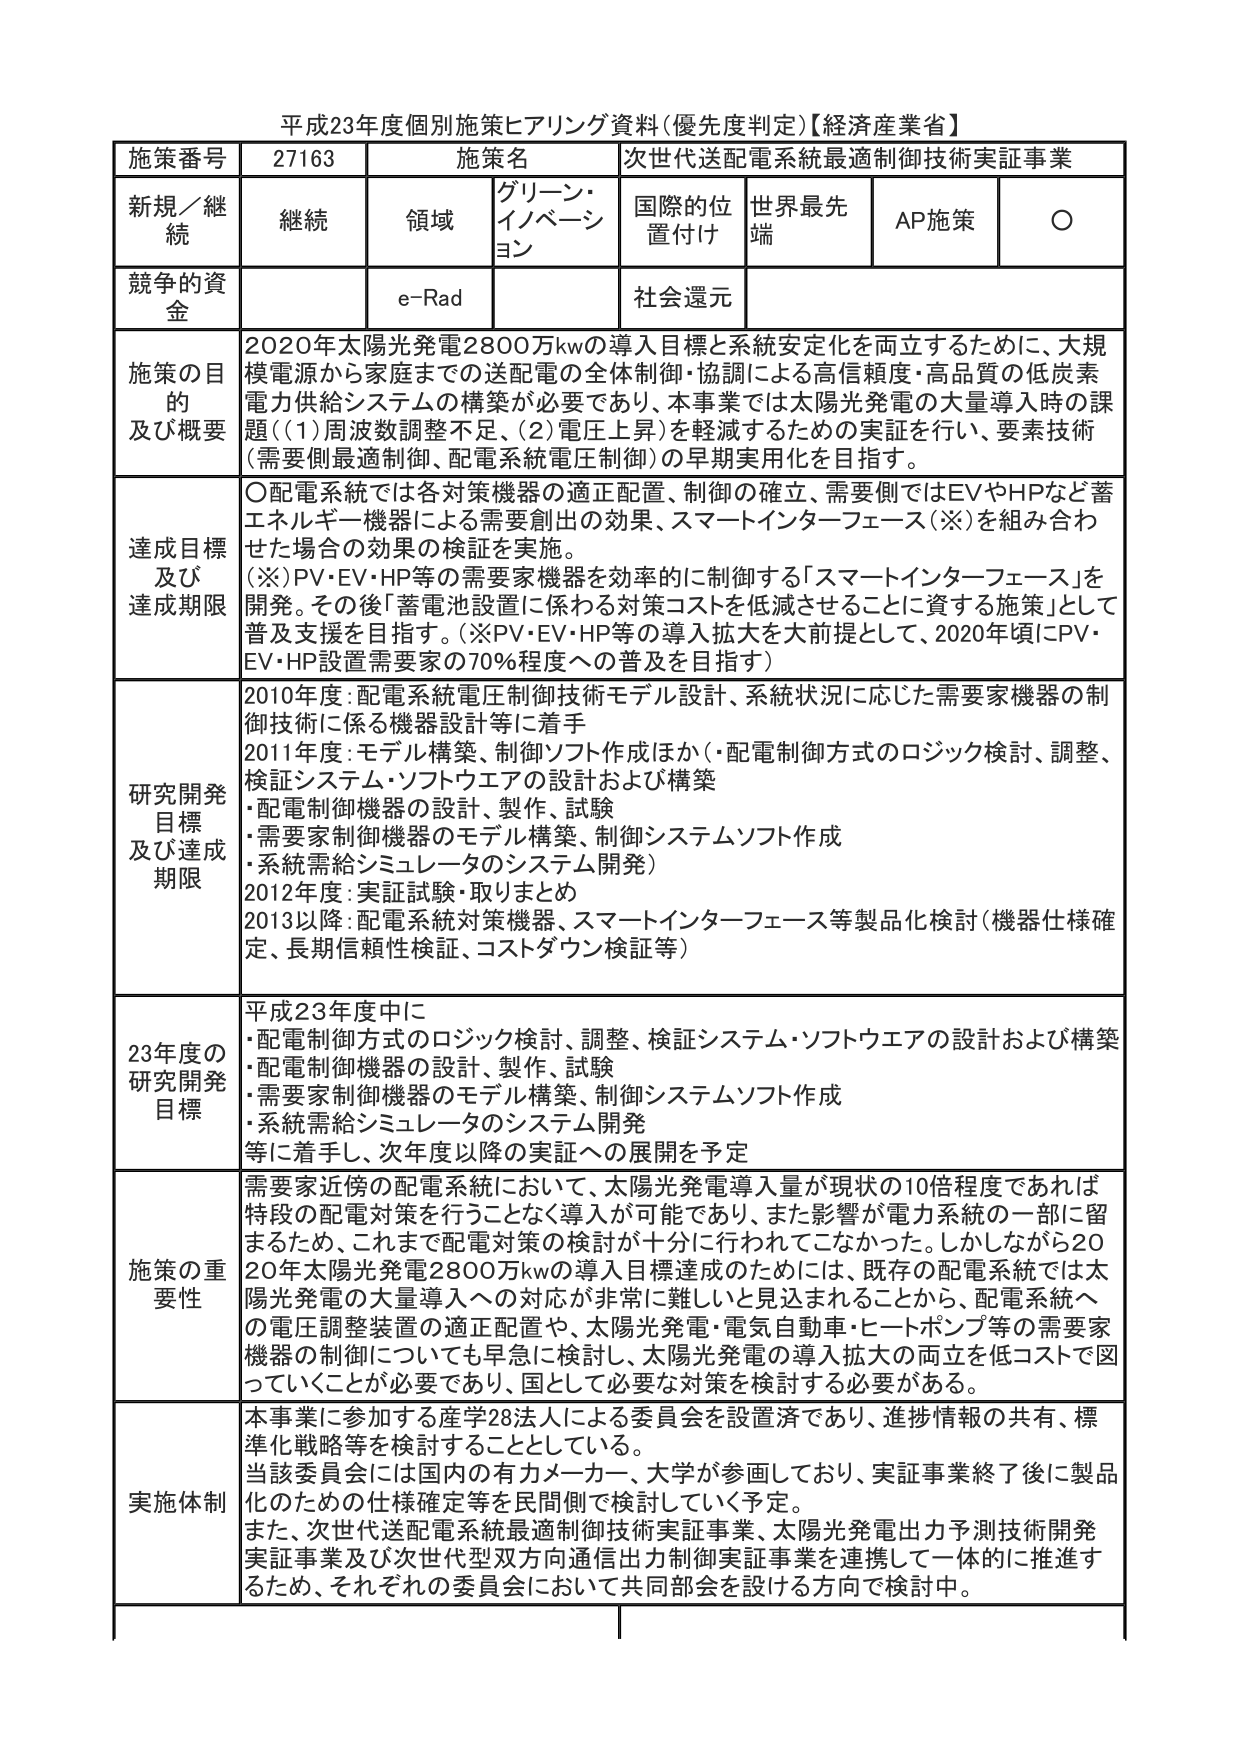
平成23年度個別施策ヒアリング資料(優先度判定)【経済産業省】

施策番号 27163 施策名 次世代送配電系統最適制御技術実証事業
新規／継続 継続 領域 グリーン・イノベーション 国際的位置付け 世界最先端 AP施策 ○
競争的資金 e-Rad 社会還元

施策の目的及び概要
2020年太陽光発電2800万kwの導入目標と系統安定化を両立するために、大規模電源から家庭までの送配電の全体制御・協調による高信頼度・高品質の低炭素電力供給システムの構築が必要であり、本事業では太陽光発電の大量導入時の課題（(1)周波数調整不足、(2)電圧上昇）を軽減するための実証を行い、要素技術（需要側最適制御、配電系統電圧制御）の早期実用化を目指す。

達成目標及び達成期限
○配電系統では各対策機器の適正配置、制御の確立、需要側ではEVやHPなど蓄エネルギー機器による需要創出の効果、スマートインターフェース（※）を組み合わせた場合の効果の検証を実施。
（※）PV・EV・HP等の需要家機器を効率的に制御する「スマートインターフェース」を開発。その後「蓄電池設置に係わる対策コストを低減させることに資する施策」として普及支援を目指す。（※PV・EV・HP等の導入拡大を大前提として、2020年頃にPV・EV・HP設置需要家の70％程度への普及を目指す）

研究開発目標及び達成期限
2010年度：配電系統電圧制御技術モデル設計、系統状況に応じた需要家機器の制御技術に係る機器設計等に着手
2011年度：モデル構築、制御ソフト作成ほか（・配電制御方式のロジック検討、調整、検証システム・ソフトウエアの設計および構築
・配電制御機器の設計、製作、試験
・需要家制御機器のモデル構築、制御システムソフト作成
・系統需給シミュレータのシステム開発）
2012年度：実証試験・取りまとめ
2013以降：配電系統対策機器、スマートインターフェース等製品化検討（機器仕様確定、長期信頼性検証、コストダウン検証等）

23年度の研究開発目標
平成23年度中に
・配電制御方式のロジック検討、調整、検証システム・ソフトウエアの設計および構築
・配電制御機器の設計、製作、試験
・需要家制御機器のモデル構築、制御システムソフト作成
・系統需給シミュレータのシステム開発
等に着手し、次年度以降の実証への展開を予定

施策の重要性
需要家近傍の配電系統において、太陽光発電導入量が現状の10倍程度であれば特段の配電対策を行うことなく導入が可能であり、また影響が電力系統の一部に留まるため、これまで配電対策の検討が十分に行われてこなかった。しかしながら2020年太陽光発電2800万kwの導入目標達成のためには、既存の配電系統では太陽光発電の大量導入への対応が非常に難しいと見込まれることから、配電系統への電圧調整装置の適正配置や、太陽光発電・電気自動車・ヒートポンプ等の需要家機器の制御についても早急に検討し、太陽光発電の導入拡大の両立を低コストで図っていくことが必要であり、国として必要な対策を検討する必要がある。

実施体制
本事業に参加する産学28法人による委員会を設置済であり、進捗情報の共有、標準化戦略等を検討することとしている。
当該委員会には国内の有力メーカー、大学が参画しており、実証事業終了後に製品化のための仕様確定等を民間側で検討していく予定。
また、次世代送配電系統最適制御技術実証事業、太陽光発電出力予測技術開発実証事業及び次世代型双方向通信出力制御実証事業を連携して一体的に推進するため、それぞれの委員会において共同部会を設ける方向で検討中。